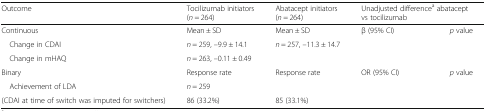
<table><thead><tr><td><b>Outcome</b></td><td><b>Tocilizumab initiators (<i>n</i> = 264)</b></td><td><b>Abatacept initiators (<i>n</i> = 264)</b></td><td colspan="2"><b>Unadjusted difference<sup>a</sup> abatacept vs tocilizumab</b></td></tr></thead><tbody><tr><td>Continuous</td><td>Mean ± SD</td><td>Mean ± SD</td><td>β (95% CI)</td><td><i>p</i> value</td></tr><tr><td> Change in CDAI</td><td><i>n</i> = 259, –9.9 ± 14.1</td><td><i>n</i> = 257, –11.3 ± 14.7</td><td>[EMPTY_CELL]</td><td>[EMPTY_CELL]</td></tr><tr><td> Change in mHAQ</td><td><i>n</i> = 263, –0.11 ± 0.49</td><td>[EMPTY_CELL]</td><td>[EMPTY_CELL]</td><td>[EMPTY_CELL]</td></tr><tr><td>Binary</td><td>Response rate</td><td>Response rate</td><td>OR (95% CI)</td><td><i>p</i> value</td></tr><tr><td> Achievement of LDA</td><td><i>n</i> = 259</td><td>[EMPTY_CELL]</td><td>[EMPTY_CELL]</td><td>[EMPTY_CELL]</td></tr><tr><td>(CDAI at time of switch was imputed for switchers)</td><td>86 (33.2%)</td><td>85 (33.1%)</td><td>[EMPTY_CELL]</td><td>[EMPTY_CELL]</td></tr></tbody></table>